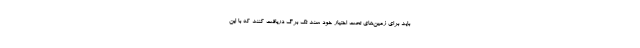
باید برای زمین‌های تحت اختیار خود سند تک برگ دریافت کنند که با این